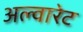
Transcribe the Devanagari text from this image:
अल्वारेट